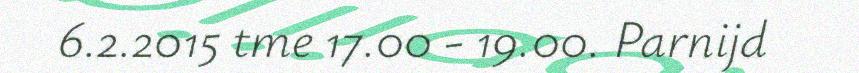
6.2.2015 tme 17.00 - 19.00. Parnijd